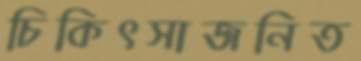
চিকিৎসাজনিত